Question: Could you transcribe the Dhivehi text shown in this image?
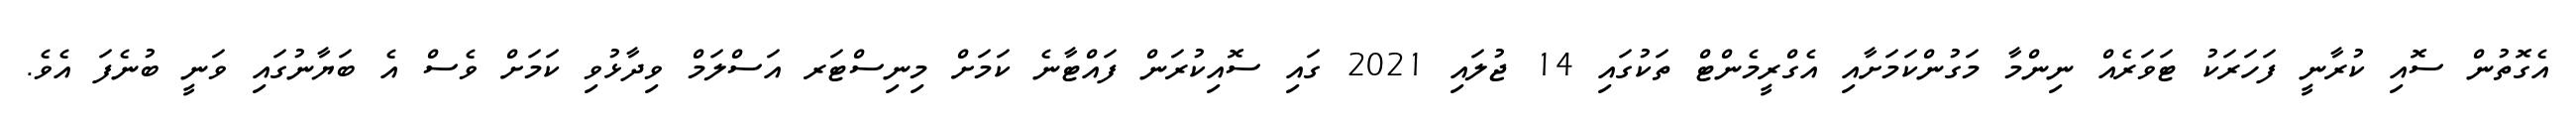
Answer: އެގޮތުން ސޮއި ކުރާނީ ފަހަރަކު ޓަވަރެއް ނިންމާ މަގުންކަމަށާއި އެގްރީމެންޓް ތަކުގައި 14 ޖުލައި 2021 ގައި ސޮއިކުރަން ފައްޓާނެ ކަމަށް މިނިސްޓަރ އަސްލަމް ވިދާޅުވި ކަމަށް ވެސް އެ ބަޔާނުގައި ވަނީ ބުނެފަ އެވެ.